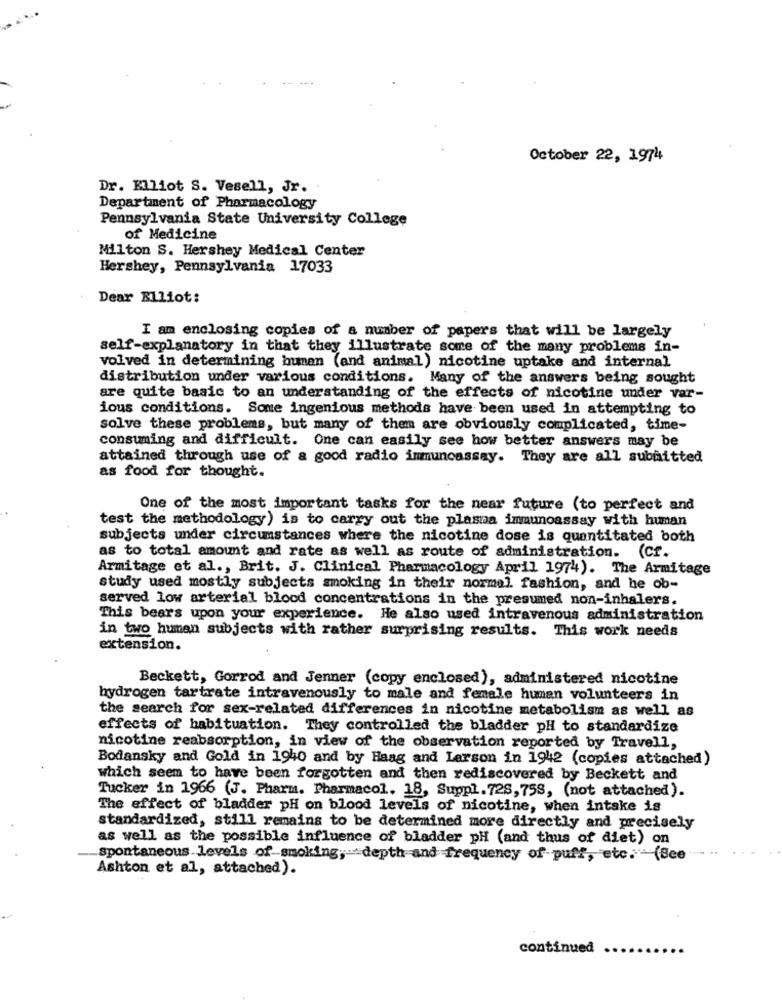
October 22, 1974
Dr. Elliot S. Vesell, Jr.
Department of Pharmacology
Pennsylvania State University College
of Medicine
Milton S. Hershey Medical Center
Hershey, Pennsylvania 17033
Dear Elliot:
I am enclosing copies of a number of papers that will be largely
self-explanatory in that they illustrate some of the many problems in-
volved in determining human (and animal) nicotine uptake and internal
distribution under various conditions. Many of the answers being sought
are quite basic to an understanding of the effects of nicotine under var-
ious conditions. Some ingenious methods have been used in attempting to
solve these problems, but many of them are obviously complicated, time-
consuming and difficult. One can easily see how better answers may be
attained through use of a good radio immunoassay. They are all submitted
as food for thought.
One of the most important tasks for the near future (to perfect and
test the methodology) is to carry out the plasma immunoassay with human
subjects under circumstances where the nicotine dose is quantitated both
as to total amount and rate as well as route of administration. (Cf.
Armitage et al ., Brit. J. Clinical Pharmacology April 1974). The Armitage
study used mostly subjects smoking in their normal fashion, and he ob-
served low arterial blood concentrations in the presumed non-inhalers.
This bears upon your experience. He also used intravenous administration
in two humen subjects with rather surprising results. This work needs
extension.
Beckett, Gorrod and Jenner (copy enclosed), administered nicotine
hydrogen tartrate intravenously to male and female human volunteers in
the search for sex-related differences in nicotine metabolism as well as
effects of habituation. They controlled the bladder pH to standardize
nicotine reabsorption, in view of the observation reported by Travell,
Bodansky and Gold in 1940 and by Haag and Lerson in 1942 (copies attached)
which seem to have been forgotten and then rediscovered by Beckett and
Tucker in 1966 (J. Pharm. Pharmacol. 18, Suppl.728,758, (not attached).
The effect of bladder pH on blood levels of nicotine, when intake is
standardized, still remains to be determined more directly and precisely
as well as the possible influence of bladder pH (and thus of diet) on
spontaneous levels of-smoking ,- depth and frequency of-puff, etc.(See "" .
Ashton et al, attached).
continued